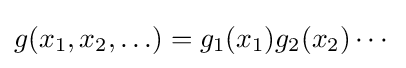
g(x_{1},x_{2},\ldots )=g_{1}(x_{1})g_{2}(x_{2})\cdots